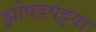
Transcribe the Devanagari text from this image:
झोपडपट्टया